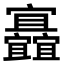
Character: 𡬐